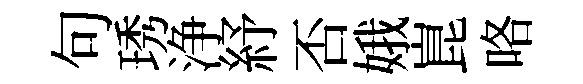
句琇浄紓否娥崑咯